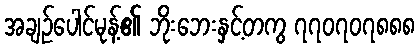
အချဉ်ပေါင်မုန့်၏ ဘိုးဘေးနှင့်တကွ ၇၇၀၇၀၇၈၈၈